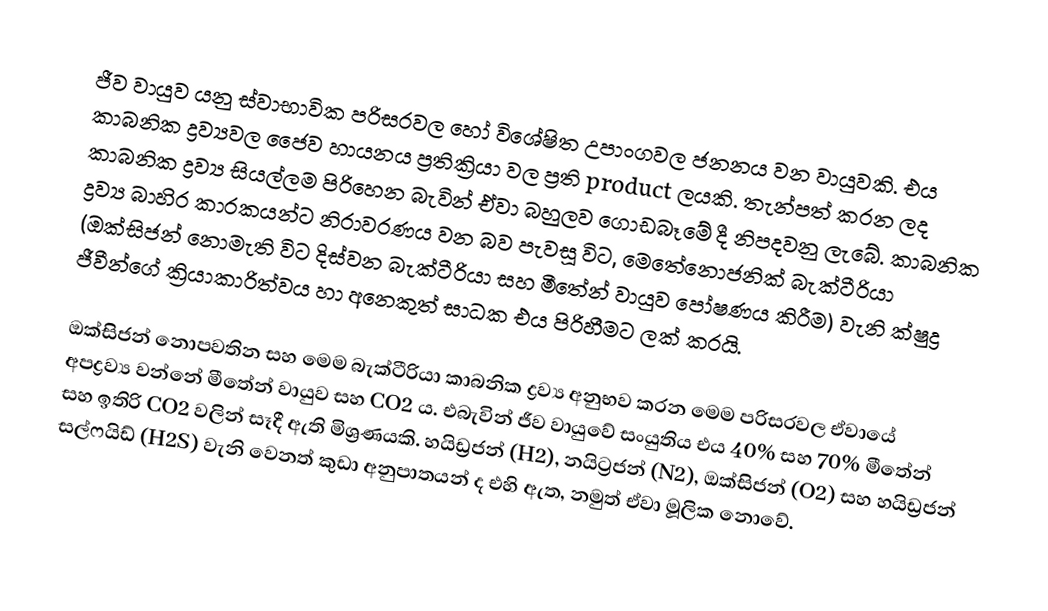
ජීව වායුව යනු ස්වාභාවික පරිසරවල හෝ විශේෂිත උපාංගවල ජනනය වන වායුවකි. එය කාබනික ද්‍රව්‍යවල ජෛව හායනය ප්‍රතික්‍රියා වල ප්‍රති product ලයකි. තැන්පත් කරන ලද කාබනික ද්‍රව්‍ය සියල්ලම පිරිහෙන බැවින් ඒවා බහුලව ගොඩබෑමේ දී නිපදවනු ලැබේ. කාබනික ද්‍රව්‍ය බාහිර කාරකයන්ට නිරාවරණය වන බව පැවසූ විට, මෙතේනොජනික් බැක්ටීරියා (ඔක්සිජන් නොමැති විට දිස්වන බැක්ටීරියා සහ මීතේන් වායුව පෝෂණය කිරීම) වැනි ක්ෂුද්‍ර ජීවීන්ගේ ක්‍රියාකාරිත්වය හා අනෙකුත් සාධක එය පිරිහීමට ලක් කරයි.

ඔක්සිජන් නොපවතින සහ මෙම බැක්ටීරියා කාබනික ද්‍රව්‍ය අනුභව කරන මෙම පරිසරවල ඒවායේ අපද්‍රව්‍ය වන්නේ මීතේන් වායුව සහ CO2 ය. එබැවින් ජීව වායුවේ සංයුතිය එය 40% සහ 70% මීතේන් සහ ඉතිරි CO2 වලින් සෑදී ඇති මිශ්‍රණයකි. හයිඩ්‍රජන් (H2), නයිට්‍රජන් (N2), ඔක්සිජන් (O2) සහ හයිඩ්‍රජන් සල්ෆයිඩ් (H2S) වැනි වෙනත් කුඩා අනුපාතයන් ද එහි ඇත, නමුත් ඒවා මූලික නොවේ.